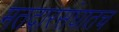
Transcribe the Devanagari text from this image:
मतदारसंघातच